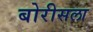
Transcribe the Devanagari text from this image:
बोरीसला